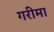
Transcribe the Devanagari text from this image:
गरीमा